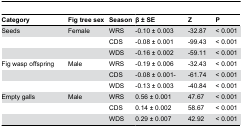
<table><thead><tr><td><b>Category</b></td><td><b>Fig tree sex</b></td><td><b>Season</b></td><td><b>β ± SE</b></td><td><b>Z</b></td><td><b>P</b></td></tr></thead><tbody><tr><td>Seeds</td><td>Female</td><td>WRS</td><td>-0.10 ± 0.003</td><td>-32.87</td><td>&lt; 0.001</td></tr><tr><td></td><td></td><td>CDS</td><td>-0.08 ± 0.001</td><td>-99.43</td><td>&lt; 0.001</td></tr><tr><td></td><td></td><td>WDS</td><td>-0.16 ± 0.002</td><td>-59.11</td><td>&lt; 0.001</td></tr><tr><td>Fig wasp offspring</td><td>Male</td><td>WRS</td><td>-0.19 ± 0.006</td><td>-32.43</td><td>&lt; 0.001</td></tr><tr><td></td><td></td><td>CDS</td><td>-0.08 ± 0.001-</td><td>-61.74</td><td>&lt; 0.001</td></tr><tr><td></td><td></td><td>WDS</td><td>-0.13 ± 0.003</td><td>-40.84</td><td>&lt; 0.001</td></tr><tr><td>Empty galls</td><td>Male</td><td>WRS</td><td>0.56 ± 0.001</td><td>47.67</td><td>&lt; 0.001</td></tr><tr><td></td><td></td><td>CDS</td><td>0.14 ± 0.002</td><td>58.67</td><td>&lt; 0.001</td></tr><tr><td></td><td></td><td>WDS</td><td>0.29 ± 0.007</td><td>42.92</td><td>&lt; 0.001</td></tr></tbody></table>